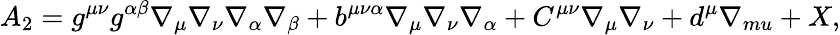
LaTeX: A_{2}=g^{\mu\nu}g^{\alpha\beta}\nabla_{\mu}\nabla_{\nu}\nabla_{\alpha}\nabla_{\beta}+b^{\mu\nu\alpha}\nabla_{\mu}\nabla_{\nu}\nabla_{\alpha}+C^{\mu\nu}\nabla_{\mu}\nabla_{\nu}+d^{\mu}\nabla_{mu}+X,